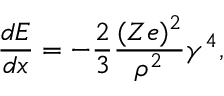
{ \frac { d E } { d x } } = - { \frac { 2 } { 3 } } { \frac { ( Z e ) ^ { 2 } } { \rho ^ { 2 } } } \gamma ^ { 4 } ,